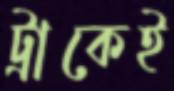
ট্রাকেই